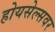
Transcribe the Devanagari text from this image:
होयसेल्सवर